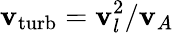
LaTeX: \mathbf{v}_{\mathrm{{turb}}}=\mathbf{v}_{l}^{2}/\mathbf{v}_{A}